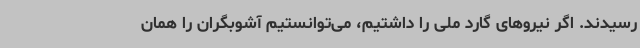
رسیدند. اگر نیروهای گارد ملی را داشتیم، می‌توانستیم آشوبگران را همان